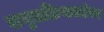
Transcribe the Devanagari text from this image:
लघुप्रक्रियकांवर